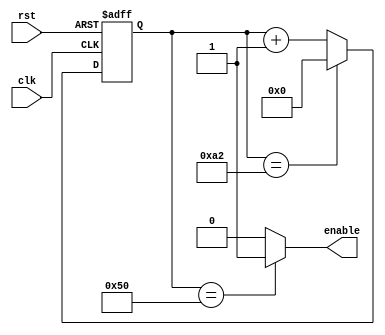
module clk_gen(clk, rst, enable);

input clk;
input rst;
output enable;

reg [7:0] cnt1;

always  @(posedge clk or posedge rst)
if(rst)
cnt1<=0;
else if (cnt1==162) //for 9600
//else if (cnt1==162) //for 19200
cnt1<=0;
else
cnt1<=cnt1+1;

assign enable = (cnt1==80)?1:0;

endmodule